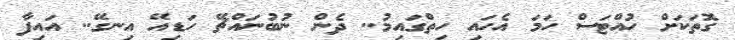
ގޮތަކަށް ހުއްޓަސް ހަމަ އެހައި ހިތްގައިމު.. ދެން ނުބުނައްޗޭ ހަޑިއޭ އިނގޭ.. އައިފާ